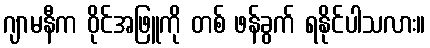
ဂျာမနီက ဝိုင်အဖြူကို တစ် ဖန်ခွက် ရနိုင်ပါသလား။